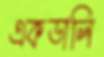
একডালি